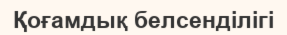
Қоғамдық белсенділігі